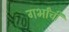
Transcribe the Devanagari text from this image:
गर्भांची